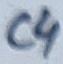
Text: C4